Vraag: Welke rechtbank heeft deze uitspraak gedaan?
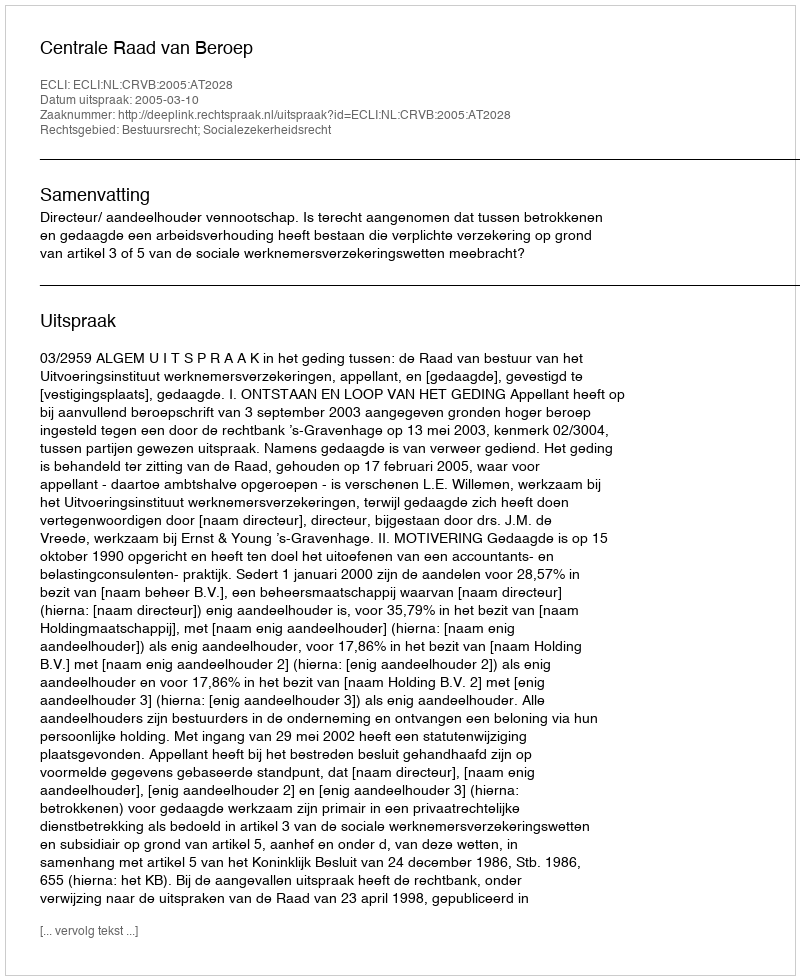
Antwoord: Centrale Raad van Beroep